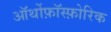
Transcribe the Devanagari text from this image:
ऑर्थोफ़ॉस्फ़ोरिक